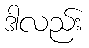
ဒါလည်း